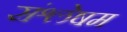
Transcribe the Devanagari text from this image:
संश्लेषम